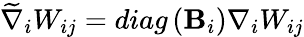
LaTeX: \widetilde{\nabla}_{i}W_{ij}=diag\left(\mathbf{B}_{i}\right)\nabla_{i}W_{ij}